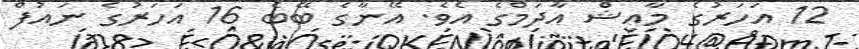
12 އަހަރުގެ މާއިޝް އާދަމްގެ އެވެ. އޭނާގެ ބޭބެ 16 އަހަރުގެ ނައުފް